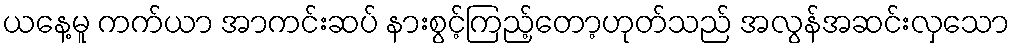
ယနေ့မူ ကက်ယာ အာကင်းဆပ် နားစွင့်ကြည့်တော့ဟုတ်သည် အလွန်အဆင်းလှသော